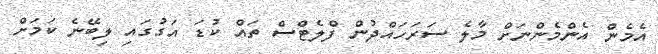
އެމެން އެންމެންނަށް މާލެ ސަރަހައްދުން ފްލެޓްސް ތައް ކުޑަ އަގުގައި ލިބޭނެ ކަމަށް